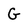
Character: G